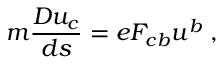
m { \frac { D u _ { c } } { d s } } = e F _ { c b } u ^ { b } \; ,